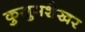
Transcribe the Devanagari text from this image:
कुसुमशेखर